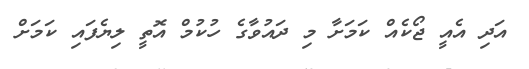
އަދި އެއީ ޖޯކެއް ކަމަށާ މި ދައުވާގެ ހުކުމް އޮތީ ލިޔެފައި ކަމަށް